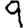
Digit: 9